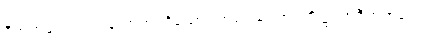
ဝီတရာဂေါ၊ ကင်းသောရာဂရှိသော။ ဘဝေသု၊ ဘဝတို့၌။ အဝီတရာဂေါ၊